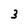
Character: 3